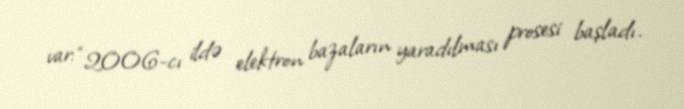
var: “2006-cı ildə elektron bazaların yaradılması prosesi başladı.